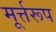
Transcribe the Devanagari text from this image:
मूर्त्तरूप